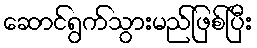
ဆောင်ရွက်သွားမည်ဖြစ်ပြီး